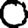
Digit: 0